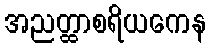
အညတ္ထာစရိယကေန